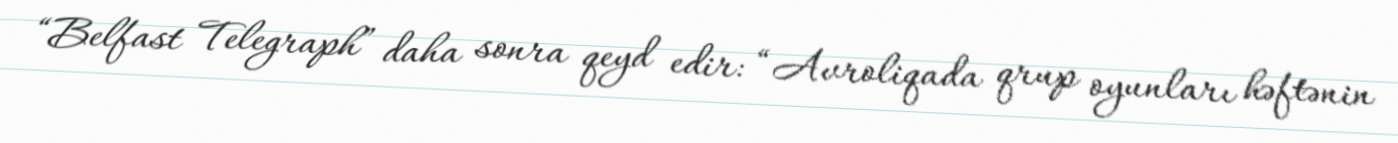
“Belfast Telegraph” daha sonra qeyd edir: “Avroliqada qrup oyunları həftənin